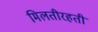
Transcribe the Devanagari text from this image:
मिलतीरहती